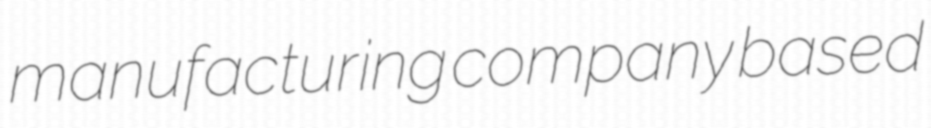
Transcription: manufacturing company based